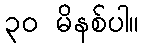
၃၀ မိနစ်ပါ။